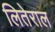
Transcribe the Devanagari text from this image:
लितेराल